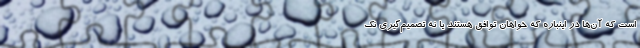
است که آن‌ها در اینباره که خواهان توافق هستند یا نه تصمیم‌گیری نک